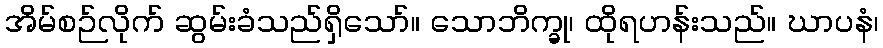
အိမ်စဉ်လိုက် ဆွမ်းခံသည်ရှိသော်။ သောဘိက္ခု၊ ထိုရဟန်းသည်။ ဃာပနံ၊